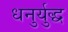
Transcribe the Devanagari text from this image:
धनुर्युद्ध